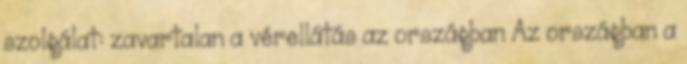
szolgálat: zavartalan a vérellátás az országban Az országban a